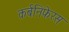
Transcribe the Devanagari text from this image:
कर्बनिफेरस